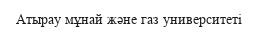
Атырау мұнай және газ университеті